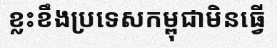
ខ្លះខឹងប្រទេសកម្ពុជាមិនធ្វើ